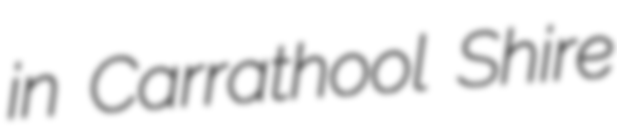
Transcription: in Carrathool Shire